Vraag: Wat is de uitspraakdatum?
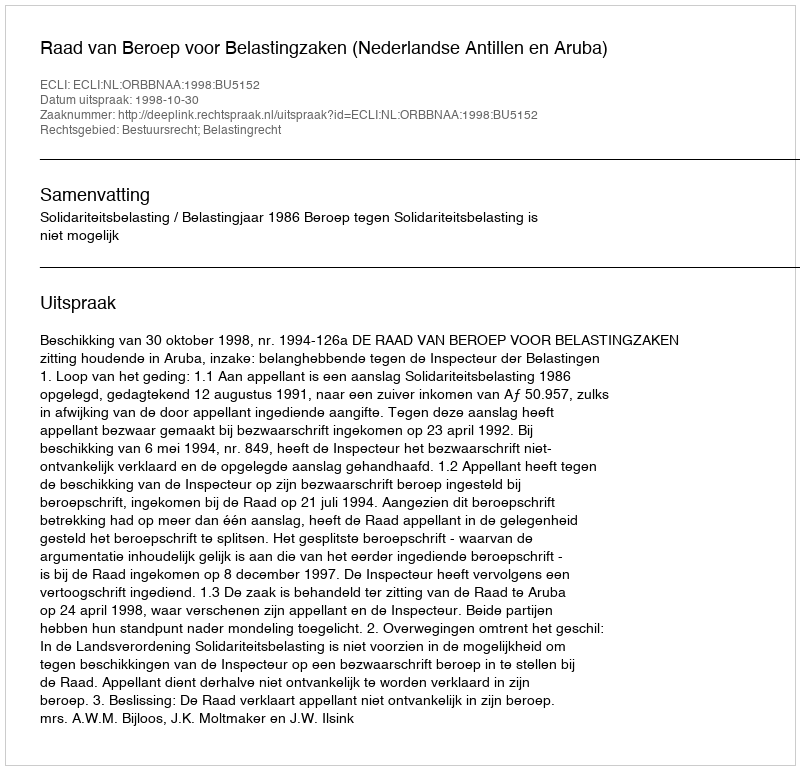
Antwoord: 1998-10-30